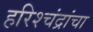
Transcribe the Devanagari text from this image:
हरिश्चंद्रांचा